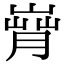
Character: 𦞄